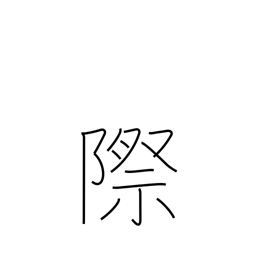
Meaning: indecent